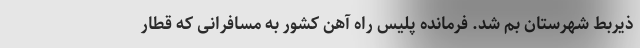
ذیربط شهرستان بم شد. فرمانده پلیس راه آهن کشور به مسافرانی که قطار